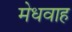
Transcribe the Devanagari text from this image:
मेधवाह